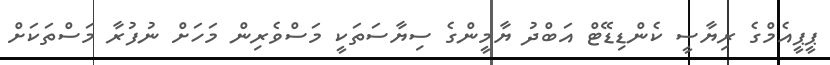
ޕީޕީއެމްގެ ރިޔާސީ ކެންޑިޑޭޓް އަބްދު ޔާމީންގެ ސިޔާސަތަކީ މަސްވެރިން މަހަށް ނުފުރާ މަސްތަކަށް